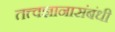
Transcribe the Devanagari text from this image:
तत्त्वज्ञानासंबंधी